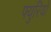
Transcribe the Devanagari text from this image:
फ्युरियो